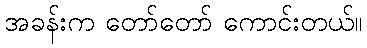
အခန်းက တော်တော် ကောင်းတယ်။